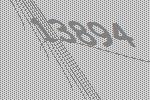
13894